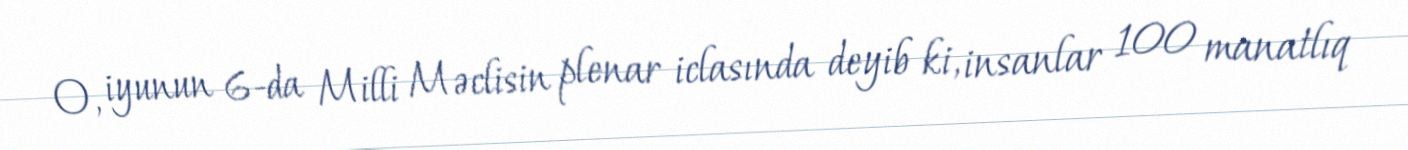
O, iyunun 6-da Milli Məclisin plenar iclasında deyib ki, insanlar 100 manatlıq